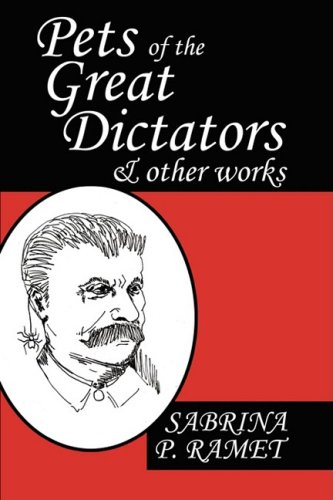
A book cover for Pets of the Great Dictators & Other Works; Sabrina P. Ramet; Humor & Entertainment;